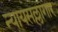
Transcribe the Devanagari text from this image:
न्यायसल्लागार